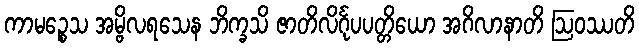
ကာမဉ္စေသ အမ္ဗိလရသေန ဘိက္ခသိ ဇာတိလိင်္ဂုပပတ္တိယော အဂိလာနာတိ ဩဝဿတိ